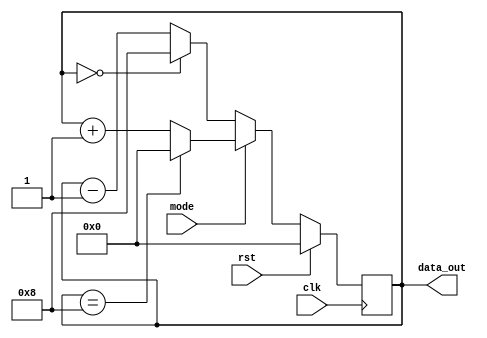
`timescale 1ns / 1ps
//////////////////////////////////////////////////////////////////////////////////
// Company: 
// Engineer: 
// 
// Design Name: 
// Module Name: up_down_counter
// Project Name: 
// Target Devices: 
// Tool Versions: 
// Description: 
// 
// Dependencies: 
// 
// Revision:
// Revision 0.01 - File Created
// Additional Comments:
// 
//////////////////////////////////////////////////////////////////////////////////


module up_down_counter(clk,rst,mode,data_out);
input clk,rst,mode;
output reg [3:0]data_out;
always@(posedge clk)
begin
    if (rst)
        data_out <= 4'd0;
    // Up Counter
    else if (mode)
        begin
            if (data_out == 4'b1000)
                data_out <= 4'd0;
            else
                data_out <= data_out + 4'b0001;
        end
    // Down Counter
    else
    begin
        data_out <= 4'b1000;
        if (data_out == 4'b0000)
            data_out <= 4'd8;
        else
            data_out <= data_out - 4'b0001;
    end
end
endmodule